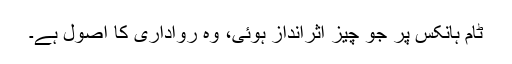
ٹام ہانکس پر جو چیز اثرانداز ہوئی، وہ رواداری کا اصول ہے۔